Lunatic asylums Punjab 1895-1910 - 1895-1910
Year: 1895
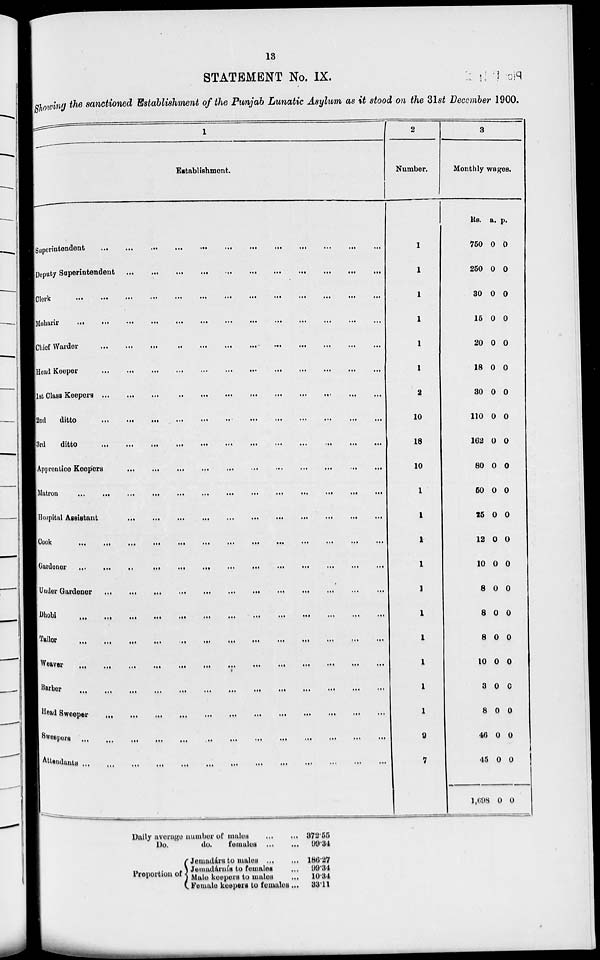
13
STATEMENT No. IX.
Showing the sanctioned Establishment of the Punjab Lunatic Asylum as it stood on the 31st December 1900.
1
Establishment.
Superintendent
...
...
...
...
...
...
...
...
...
...
...
...
Deputy Superintendent
...
...
...
...
...
...
...
...
...
...
...
...
Clerk
...
...
...
...
...
...
...
...
...
...
...
...
Moharir
...
...
...
...
...
...
...
...
...
...
...
...
Chief Warder
...
...
...
...
...
...
...
...
...
...
...
...
HEAD Keeper
...
...
...
...
...
...
...
...
...
...
...
...
1st Class Keepers
...
...
...
...
...
...
...
...
...
...
...
...
2nd
ditto
...
...
...
...
...
...
...
...
...
...
...
...
3rd ditto
...
...
...
...
...
...
...
...
...
...
...
...
Apprentice Keepers
...
...
...
...
...
...
...
...
...
...
...
...
Matron
...
...
...
...
...
...
...
...
...
...
...
...
Hospital Assistant
...
...
...
...
...
...
...
...
...
...
...
...
Cook ... ... ... ... ... ... ... ... ... ... ... ...
Gardener
...
...
...
...
...
...
...
...
...
...
...
...
Under Gardener
...
...
...
...
...
...
...
...
...
...
...
...
Dhobi
...
...
...
...
...
...
...
...
...
...
...
...
Tailor
...
...
...
...
...
...
...
...
...
...
...
...
Weaver
...
...
...
...
...
...
...
...
...
...
...
...
Barber
...
...
...
...
...
...
...
...
...
...
...
...
Head Sweeper ... ... ... ... ... ... ... ... ... ... ... ...
Sweepers ... ... ... ... ... ... ... ... ... ... ... ...
Attendants
...
...
...
...
...
...
...
...
...
...
...
...
2
Number.
1
1
1
1
1
1
2
10
18
10
1
1
1
1
1
1
1
1
1
1
9
7
3
Monthly wages.
Rs.
750
250
30
15
20
18
30
110
162
80
50
25
12
10
8
8
8
10
3
8
46
45
1,698
a.
0
0
0
0
0
0
0
0
0
0
0
0
0
0
0
0
0
0
0
0
0
0
0
p.
0
0
0
0
0
0
0
0
0
0
0
0
0
0
0
0
0
0
0
0
0
0
0
Daily average number of males
...
...
Do.
do.
females
...
...
372.55
99.34
Proportion of
Jemadára to males
...
...
Jemadárnís to females ...
Male keepers to males
...
Female keepers to females ...
186.27
99.34
10.34
33.11